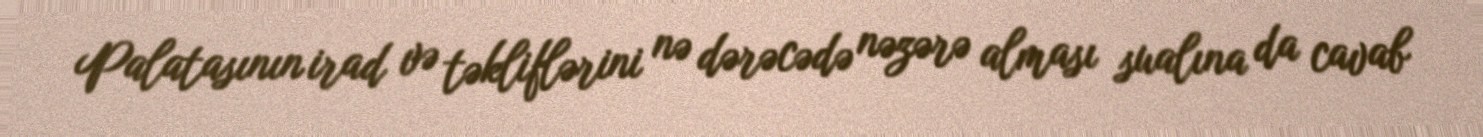
Palatasının irad və təkliflərini nə dərəcədə nəzərə alması sualına da cavab